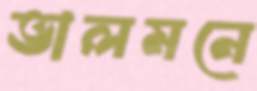
ভালমনে